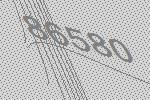
86580